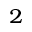
^ 2